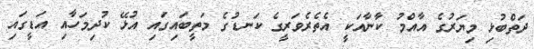
ދަތްބުޅި މިޔަރުގެ އާއްމު ކާނާއަކީ އެތެރެވަރީގެ ކަނޑުގެ މަތީބައިގައި އުޅޭ ކުދިމަހާއި އަޑީގައި